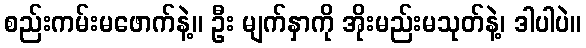
စည်းကမ်းမဖောက်နဲ့။ ဦး မျက်နှာကို အိုးမည်းမသုတ်နဲ့၊ ဒါပါပဲ။